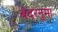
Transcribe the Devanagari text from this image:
बंदरनुमा